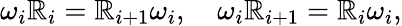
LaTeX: \omega_{i}\mathbb{R}_{i}=\mathbb{R}_{i+1}\omega_{i},\quad\omega_{i}\mathbb{R}_{i+1}=\mathbb{R}_{i}\omega_{i},